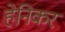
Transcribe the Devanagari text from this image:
हेनिकर